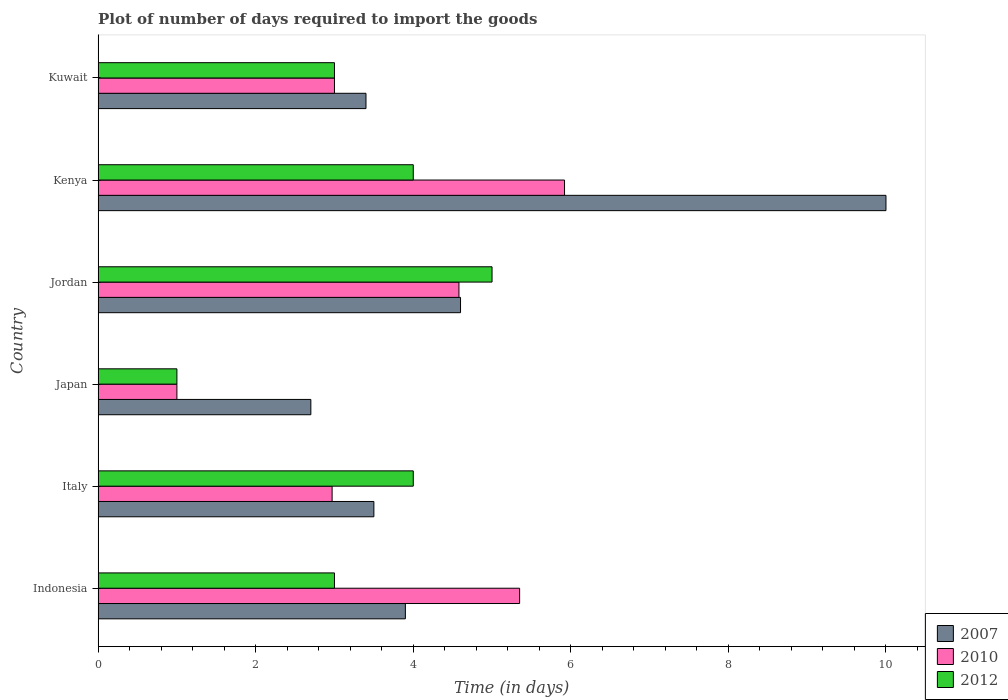
| Country | 2007 | 2010 | 2012 |
 | --- | --- | --- | --- |
 | Indonesia | 3.9 | 5.35 | 3 |
 | Italy | 3.5 | 2.97 | 4 |
 | Japan | 2.7 | 1 | 1 |
 | Jordan | 4.6 | 4.58 | 5 |
 | Kenya | 10 | 5.92 | 4 |
 | Kuwait | 3.4 | 3 | 3 |